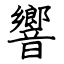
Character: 響